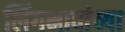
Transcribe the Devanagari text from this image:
लिंगभावांच्या